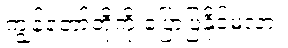
ကျွန်တော်တို့ကို ပြောပြနိုင်မလား